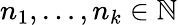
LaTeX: n_{1},\ldots,n_{k}\in\mathbb{N}